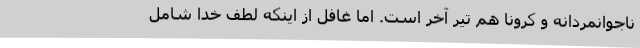
ناجوانمردانه و کرونا هم تیر آخر است. اما غافل از اینکه لطف خدا شامل